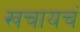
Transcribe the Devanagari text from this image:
खचायचं